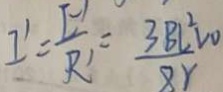
I ^ { \prime } = \frac { E ^ { \prime } } { R 1 } = \frac { 3 B L ^ { 2 } V _ { 0 } } { 8 r }